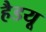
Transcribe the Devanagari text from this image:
हैडयू